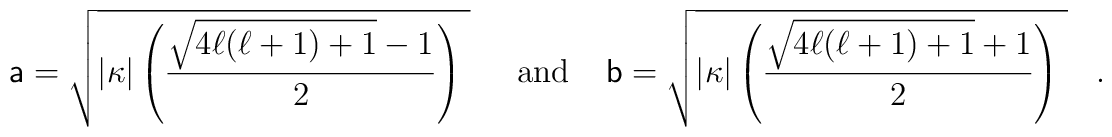
{\sf a}=\sqrt{|{\kappa}|\left(\frac{\sqrt{4{\ell}({\ell}+1)+1}-1}{2}\right)\;}\;\;\;\;\;\mbox{and}\;\;\;\;{\sf b}=\sqrt{|{\kappa}|\left(\frac{\sqrt{4{\ell}({\ell}+1)+1}+1}{2}\right)\;}\;\;\;.